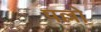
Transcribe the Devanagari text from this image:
पल्लो